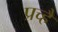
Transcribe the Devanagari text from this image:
प्रच्है